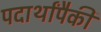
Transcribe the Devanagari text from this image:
पदार्थांपैकी